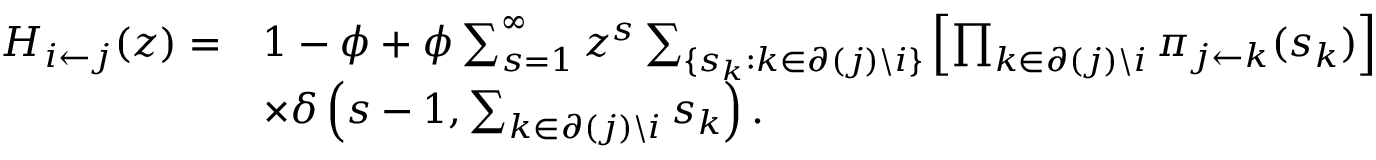
\begin{array} { r l } { H _ { i \leftarrow j } ( z ) = } & { 1 - \phi + \phi \sum _ { s = 1 } ^ { \infty } z ^ { s } \sum _ { \{ s _ { k } : k \in \partial ( j ) \backslash i \} } \left[ \prod _ { k \in \partial ( j ) \backslash i } \pi _ { j \leftarrow k } ( s _ { k } ) \right] } \\ & { \times \delta \left( s - 1 , \sum _ { k \in \partial ( j ) \backslash i } s _ { k } \right) . } \end{array}